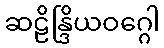
ဆဠိန္ဒြိယဝဂ္ဂေါ